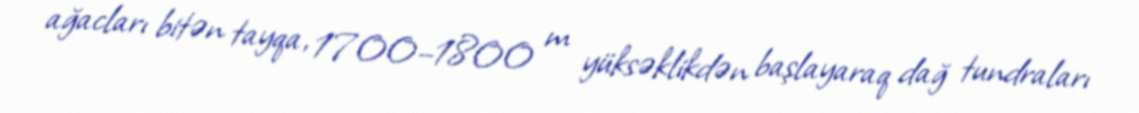
ağacları bitən tayqa, 1700–1800 m yüksəklikdən başlayaraq dağ tundraları